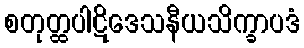
စတုတ္ထပါဋိဒေသနီယသိက္ခာပဒံ